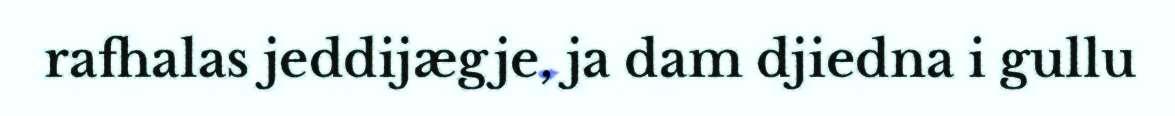
rafhalas jeddijægje, ja dam djiedna i gullu